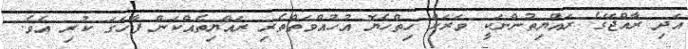
އަދި ރާއްޖޭގެ ރައްޔިތުންނަކީ ވަރަށް ހިތްހެޔޮ އުހުއްވަތްތެރި ރައްޔިތެއްކަން ފާހަގަ ކުރި އެވެ.